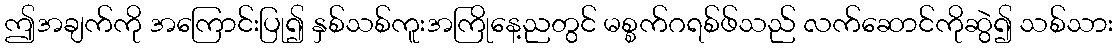
ဤအချက်ကို အကြောင်းပြု၍ နှစ်သစ်ကူးအကြိုနေ့ညတွင် မစ္စက်ဂရစ်ဖ်သည် လက်ဆောင်ကိုဆွဲ၍ သစ်သား